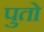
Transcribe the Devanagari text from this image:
पुतो